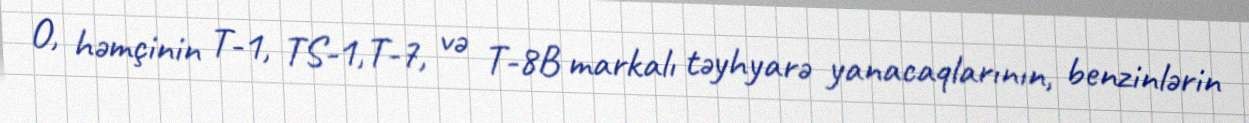
O, həmçinin T-1, TS-1,T-7, və T-8B markalı təyhyarə yanacaqlarının, benzinlərin